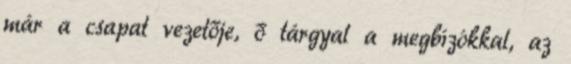
már a csapat vezetője, ő tárgyal a megbízókkal, az